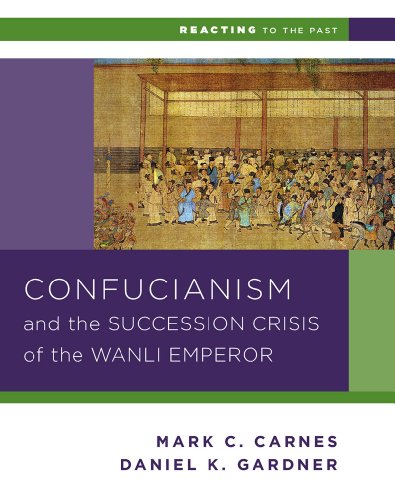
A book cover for Confucianism and the Succession Crisis of the Wanli Emperor, 1587 (Reacting to the Past); Daniel K. Gardner; History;